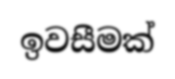
ඉවසීමක්